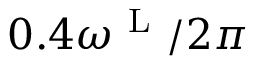
0 . 4 \omega ^ { \mathrm { ~ L ~ } } / 2 \pi